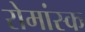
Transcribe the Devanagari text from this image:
रोमांस्क